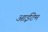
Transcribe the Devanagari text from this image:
आईटेम